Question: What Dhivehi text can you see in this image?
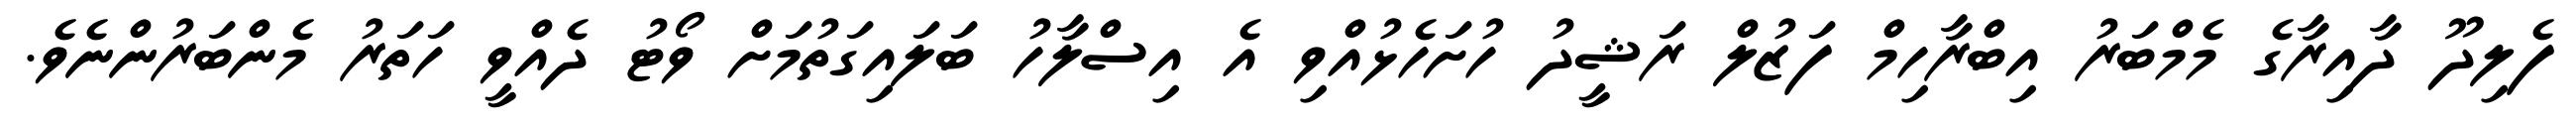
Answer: ފެލިދޫ ދާއިރާގެ މެމްބަރު އިބްރާހިމް ފަޒުލް ރަޝީދު ހުށަހެޅުއްވި އެ އިސްލާހު ބަލައިގަތުމަށް ވޯޓު ދެއްވީ ހަތަރު މެންބަރުންނެވެ.